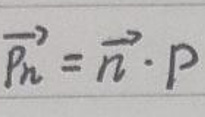
\(\overrightarrow{Pn}=\overrightarrow{n}\cdot P\)